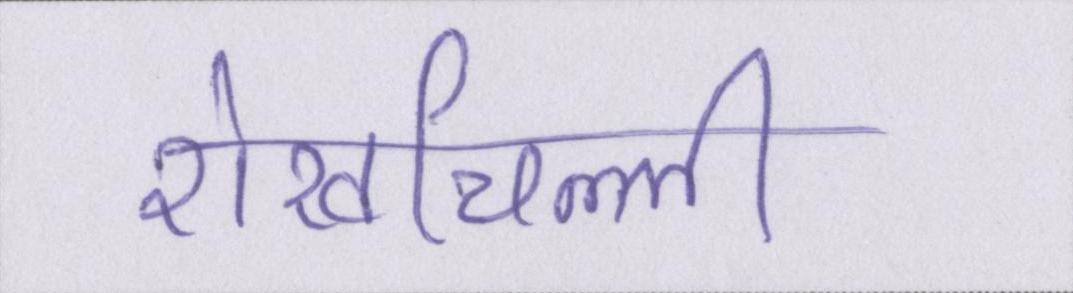
शेखचिल्ली